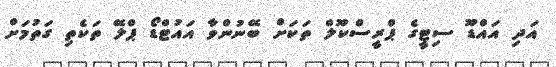
އަދި އައްޑޫ ސިޓީގެ ޕްރީސްކޫލް ތަކަށް ބޭނުންވާ އައުޓްޑޯ ޕްލޭ ތަކެތި ގަތުމަށް